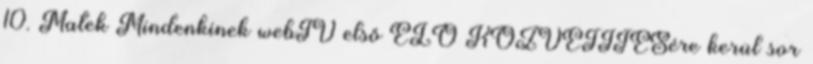
10. Matek Mindenkinek webTV első ÉLŐ KÖZVETÍTÉSére kerül sor